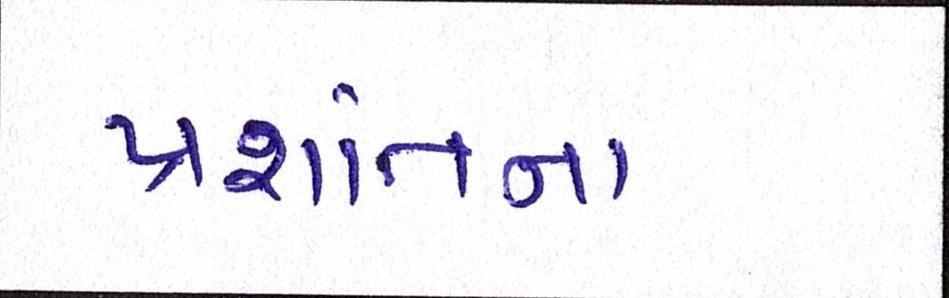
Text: પ્રશાંતના